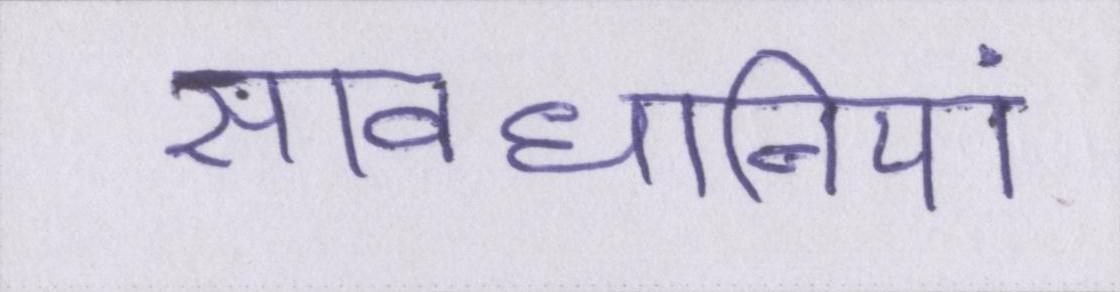
सावधानियां